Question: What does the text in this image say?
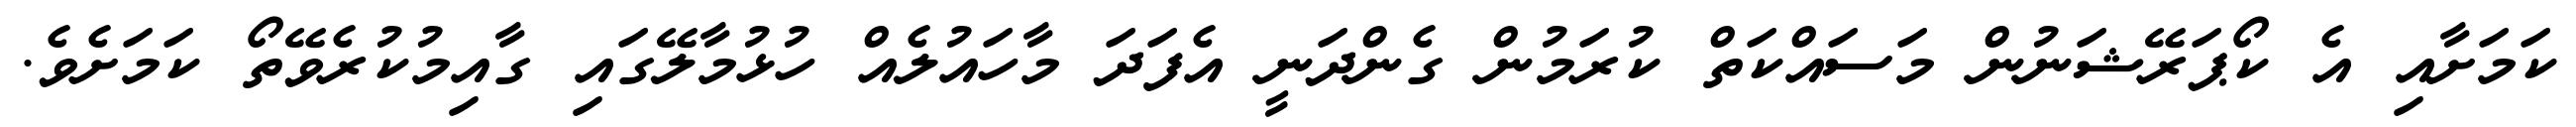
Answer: ކަމަށާއި އެ ކޯޕަރޭޝަނުން މަސައްކަތް ކުރަމުން ގެންދަނީ އެފަދަ މާހައުލެއް ހުޅުމާލޭގައި ގާއިމުކުރެވޭތޯ ކަމަށެވެ.